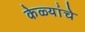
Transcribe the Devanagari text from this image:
केळ्यांचे